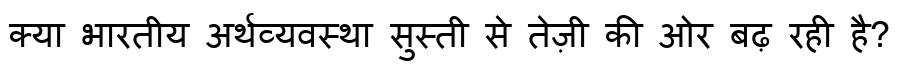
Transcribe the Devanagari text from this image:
क्या भारतीय अर्थव्यवस्था सुस्ती से तेज़ी की ओर बढ़ रही है?